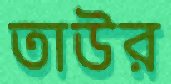
তাউর